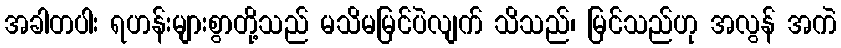
အခါတပါး ရဟန်းများစွာတို့သည် မသိမမြင်ပဲလျက် သိသည်၊ မြင်သည်ဟု အလွန် အကဲ